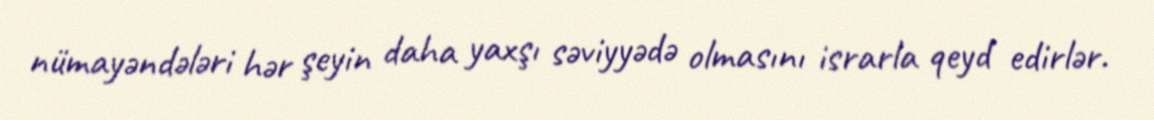
nümayəndələri hər şeyin daha yaxşı səviyyədə olmasını israrla qeyd edirlər.